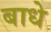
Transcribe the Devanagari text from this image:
बाधे